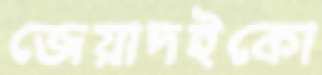
জেয়াদইকো